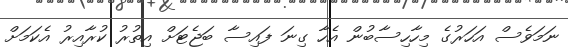
ނަމަވެސް އަހަރުގެ މިހާހިސާބުން އެހާ ގިނަ ފައިސާ ބަޖެޓަށް އިތުރު ކުރާއިރު އެކަމަށް